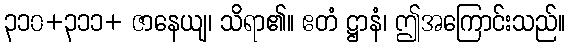
၃၁၀+၃၁၁+ ဇာနေယျ၊ သိရာ၏။ ဧတံ ဋ္ဌာနံ၊ ဤအကြောင်းသည်။